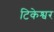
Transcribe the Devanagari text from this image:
टिकेश्वर